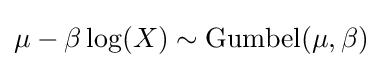
\mu -\beta \log(X)\sim \mathrm {Gumbel} (\mu ,\beta )